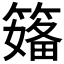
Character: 𱸣